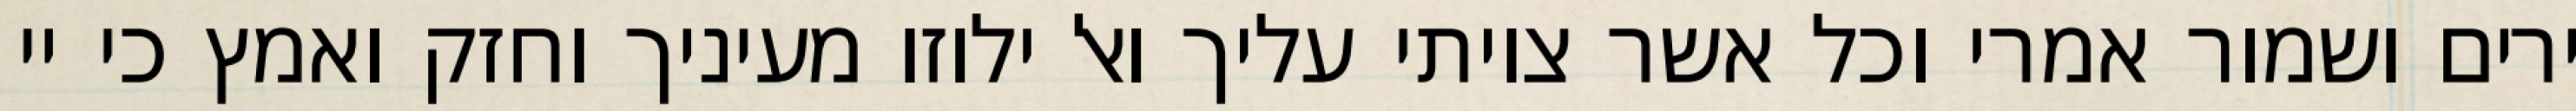
ירים ושמור אמרי וכל אשר צויתי עליך ואל ילוזו מעיניך וחזק ואמץ כי יי